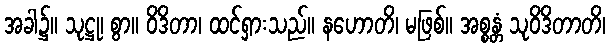
အခါ၌။ သုဋ္ဌု၊ စွာ။ ဝိဒိတာ၊ ထင်ရှားသည်။ နဟောတိ၊ မဖြစ်။ အစ္စန္တံ သုဝိဒိတာတိ၊